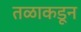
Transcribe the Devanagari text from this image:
तळाकडून